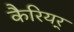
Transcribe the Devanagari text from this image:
कैरियर्